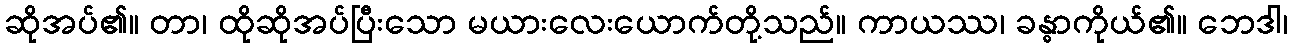
ဆိုအပ်၏။ တာ၊ ထိုဆိုအပ်ပြီးသော မယားလေးယောက်တို့သည်။ ကာယဿ၊ ခန္ဓာကိုယ်၏။ ဘေဒါ၊